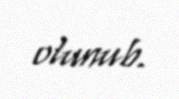
olunub.